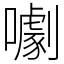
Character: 㘌